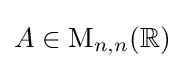
A\in \mathrm {M} _{n,n}(\mathbb {R} )